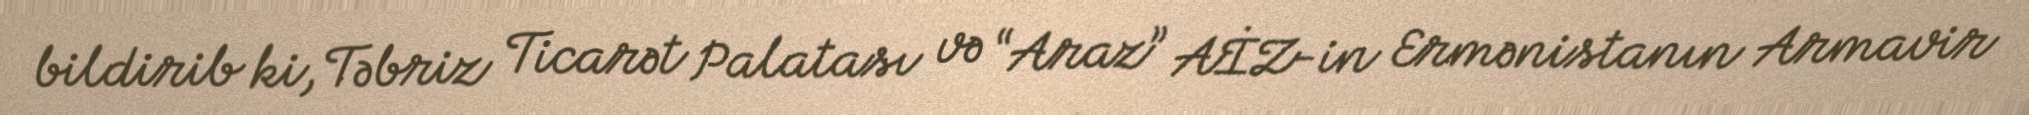
bildirib ki, Təbriz Ticarət Palatası və “Araz” AİZ-in Ermənistanın Armavir